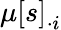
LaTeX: \mu\left[s\right]_{\cdot i}